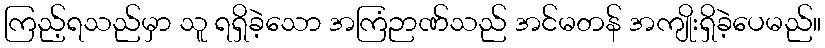
ကြည့်ရသည်မှာ သူ ရရှိခဲ့သော အကြံဉာဏ်သည် အင်မတန် အကျိုးရှိခဲ့ပေမည်။